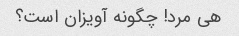
هی مرد! چگونه آویزان است؟